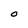
Character: O